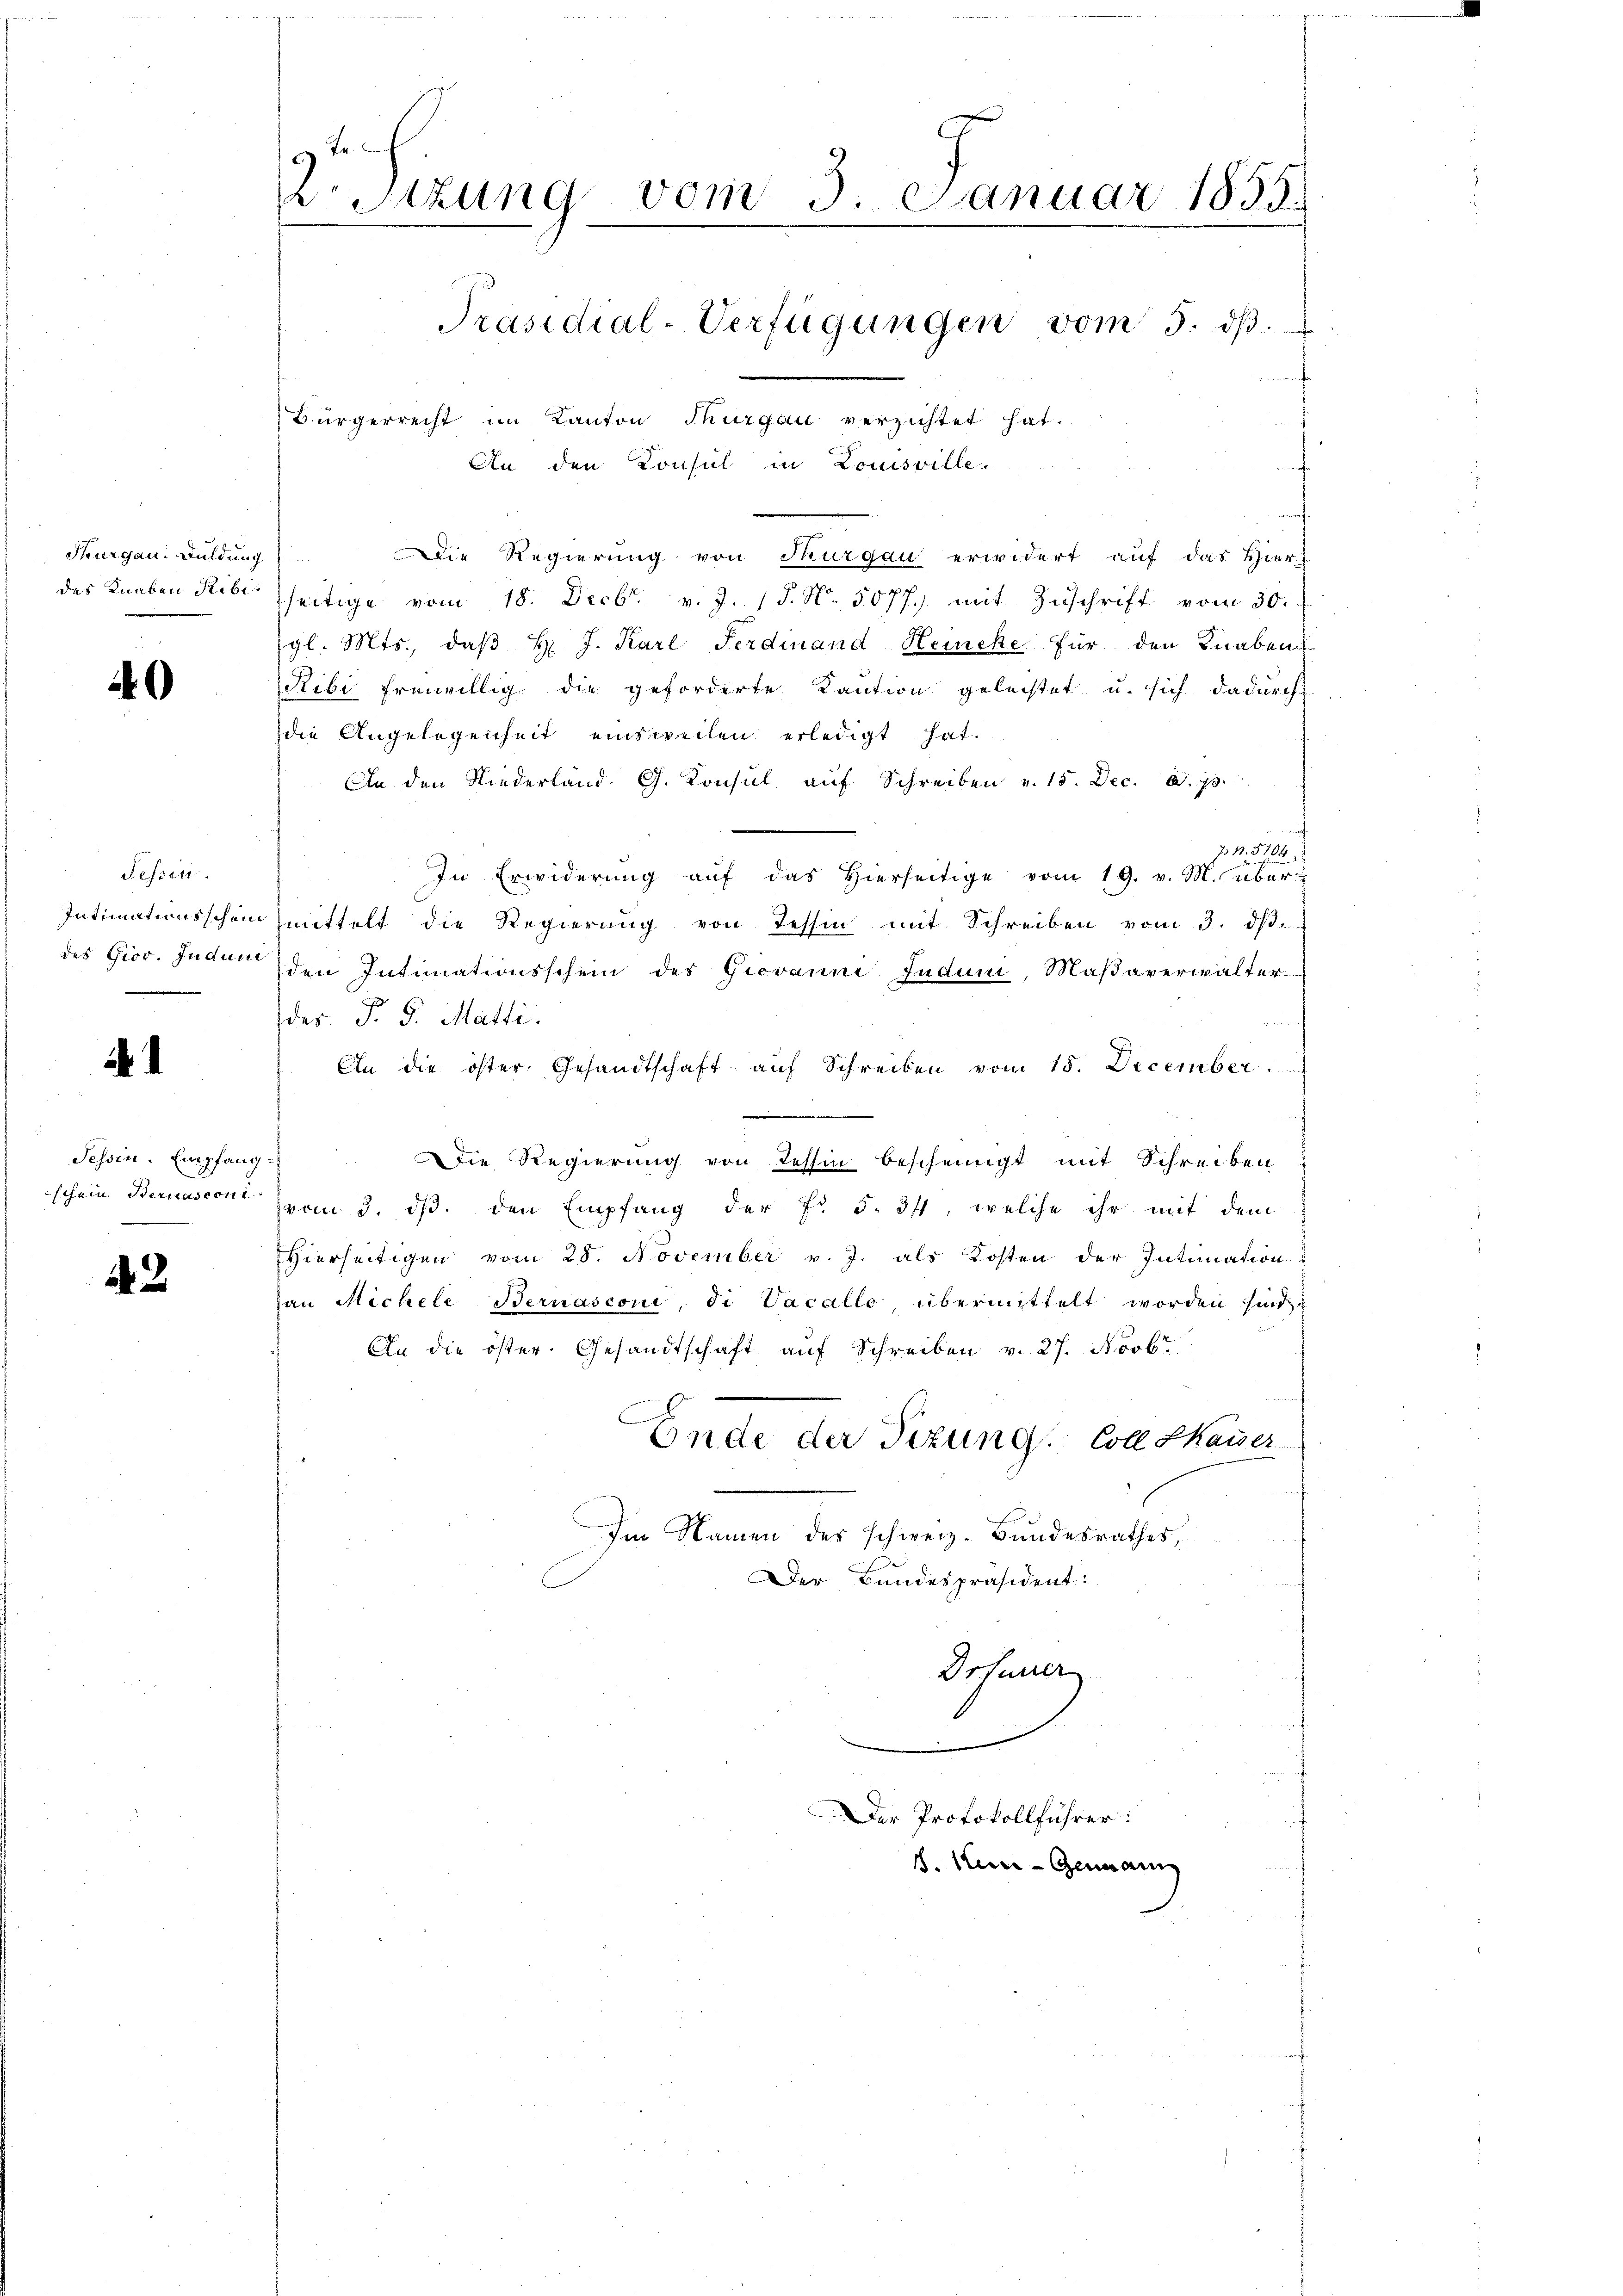
Thurgau. Buldung

40

Fessen.

.

Tessin. Empfang.

12

Die Regierung von Thurgau erwidert auf das Hier
das Knaben Rest seitige vom 18. Decbr. v. J. (§. N. 5077) mit Zuschrift vom 30.
gl. Mts., daβ H. J. Karl Ferdinand Heincke für den Knaben
Ribi freiwillig die geforderte Kaution geleistet u. sich dadurch
die Angelegenheit einsweilen erledigt hat.
An den Niederland. G. Konsul aŭf Schreiben v. 15. Dec. S. 70.
rtche
71. 5104
In Erwiderŭng aŭf das hierseitige vom 19. v. M. über
Intimationsschein mittelt die Regierŭng von Tessin mit Schreiben vom 3. dβ.
des Gior. Jede den Intimationsschein des Giovanni Juduni, Maβaverwalter.
des §. 5. Matti.
An die öster Gesandtschaft aŭf Schreiben vom 15. December
Die Regierung von Tessin bescheinigt mit Schreiben
schein Bernascon vom 3. ds. den Empfang der Fr. 5. 34, welche ihr mit dem
Hierseitigen vom 28. November v. J. als Kosten der Intimation
an Michele Bernasconi, di Vacallo übermittelt worden sind,
An die öster. Gesandtschaft aŭf Schreiben v. 27. Novbr
Ende der Sizung. Coll Kaiser
|
Im Namen des schweiz. Bundesrathes,
Der Bundespräsident.
Drfurrer

rStzung vom 3. Januar 1855.
Präsidial-Verfügungen vom 3. dβ.
Bürgerrecht im Kanton Thurgau verzichtet hat.
An den Konsul in Louisville.

Der Protokollführer:
8. Im Gemaine